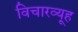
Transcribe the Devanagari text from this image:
विचारव्यूह